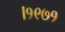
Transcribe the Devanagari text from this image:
।१९७१